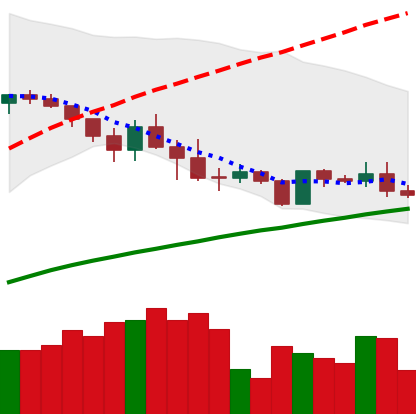
Ticker: ADA-USD
Chart end date: 2019-05-05
Forward return: -4.109%
Label: down_3_5